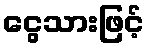
ငွေသားဖြင့်